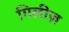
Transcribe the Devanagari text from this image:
गिलीज़